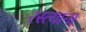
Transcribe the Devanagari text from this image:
रस्त्याना